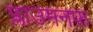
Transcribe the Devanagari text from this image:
प्लाउमनफ़